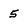
Character: 5